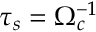
\tau _ { s } = \Omega _ { c } ^ { - 1 }